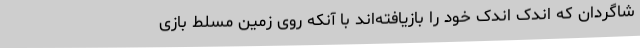
شاگردان که اندک اندک خود را بازیافته‌اند با آنکه روی زمین مسلط بازی